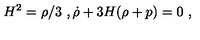
H ^ { 2 } = \rho / 3 \ , \dot { \rho } + 3 H ( \rho + p ) = 0 \ ,